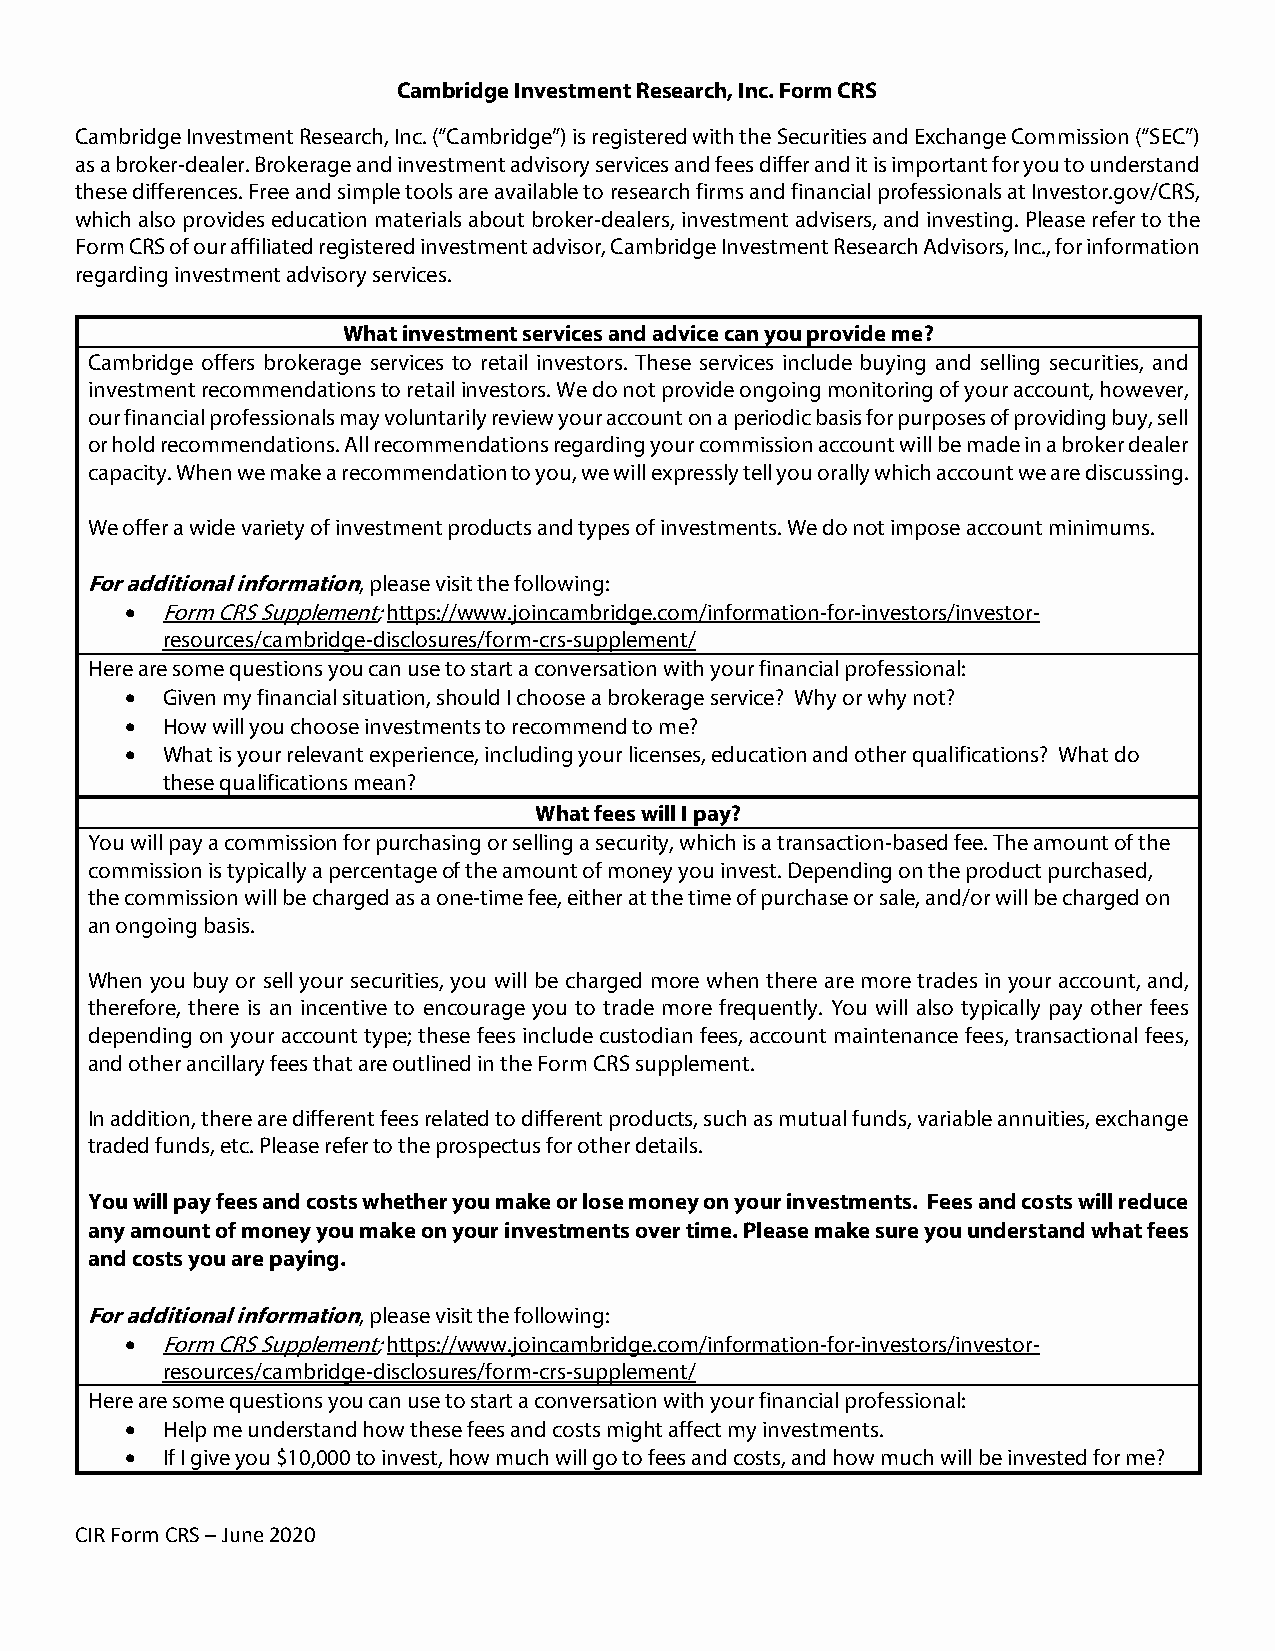
Cambridge Investment Research, Inc. Form CRS
 Cambridge Investment Research, Inc. (“Cambridge”) is registered with the Securities and Exchange Commission (“SEC”)
 as a broker-dealer. Brokerage and investment advisory services and fees differ and it is important for you to understand
 these differences. Free and simple tools are available to research firms and financial professionals at Investor.gov/CRS,
 which also provides education materials about broker-dealers, investment advisers, and investing. Please refer to the
 Form CRS of our affiliated registered investment advisor, Cambridge Investment Research Advisors, Inc., for information
 regarding investment advisory services.
 What investment services and advice can you provide me?
 Cambridge offers brokerage services to retail investors. These services include buying and selling securities, and
 investment recommendations to retail investors. We do not provide ongoing monitoring of your account, however,
 our financial professionals may voluntarily review your account on a periodic basis for purposes of providing buy, sell
 or hold recommendations. All recommendations regarding your commission account will be made in a broker dealer
 capacity. When we make a recommendation to you, we will expressly tell you orally which account we are discussing.
 We offer a wide variety of investment products and types of investments. We do not impose account minimums.
 For additional information, please visit the following:
   Form CRS Supplement; https://www.joincambridge.com/information-for-investors/investor-
 resources/cambridge-disclosures/form-crs-supplement/
 Here are some questions you can use to start a conversation with your financial professional:
   Given my financial situation, should I choose a brokerage service? Why or why not?
   How will you choose investments to recommend to me?
   What is your relevant experience, including your licenses, education and other qualifications? What do
 these qualifications mean?
 What fees will I pay?
 You will pay a commission for purchasing or selling a security, which is a transaction-based fee. The amount of the
 commission is typically a percentage of the amount of money you invest. Depending on the product purchased,
 the commission will be charged as a one-time fee, either at the time of purchase or sale, and/or will be charged on
 an ongoing basis.
 When you buy or sell your securities, you will be charged more when there are more trades in your account, and,
 therefore, there is an incentive to encourage you to trade more frequently. You will also typically pay other fees
 depending on your account type; these fees include custodian fees, account maintenance fees, transactional fees,
 and other ancillary fees that are outlined in the Form CRS supplement.
 In addition, there are different fees related to different products, such as mutual funds, variable annuities, exchange
 traded funds, etc. Please refer to the prospectus for other details.
 You will pay fees and costs whether you make or lose money on your investments. Fees and costs will reduce
 any amount of money you make on your investments over time. Please make sure you understand what fees
 and costs you are paying.
 For additional information, please visit the following:
   Form CRS Supplement; https://www.joincambridge.com/information-for-investors/investor-
 resources/cambridge-disclosures/form-crs-supplement/
 Here are some questions you can use to start a conversation with your financial professional:
   Help me understand how these fees and costs might affect my investments.
   If I give you $10,000 to invest, how much will go to fees and costs, and how much will be invested for me?
 CIR Form CRS – June 2020